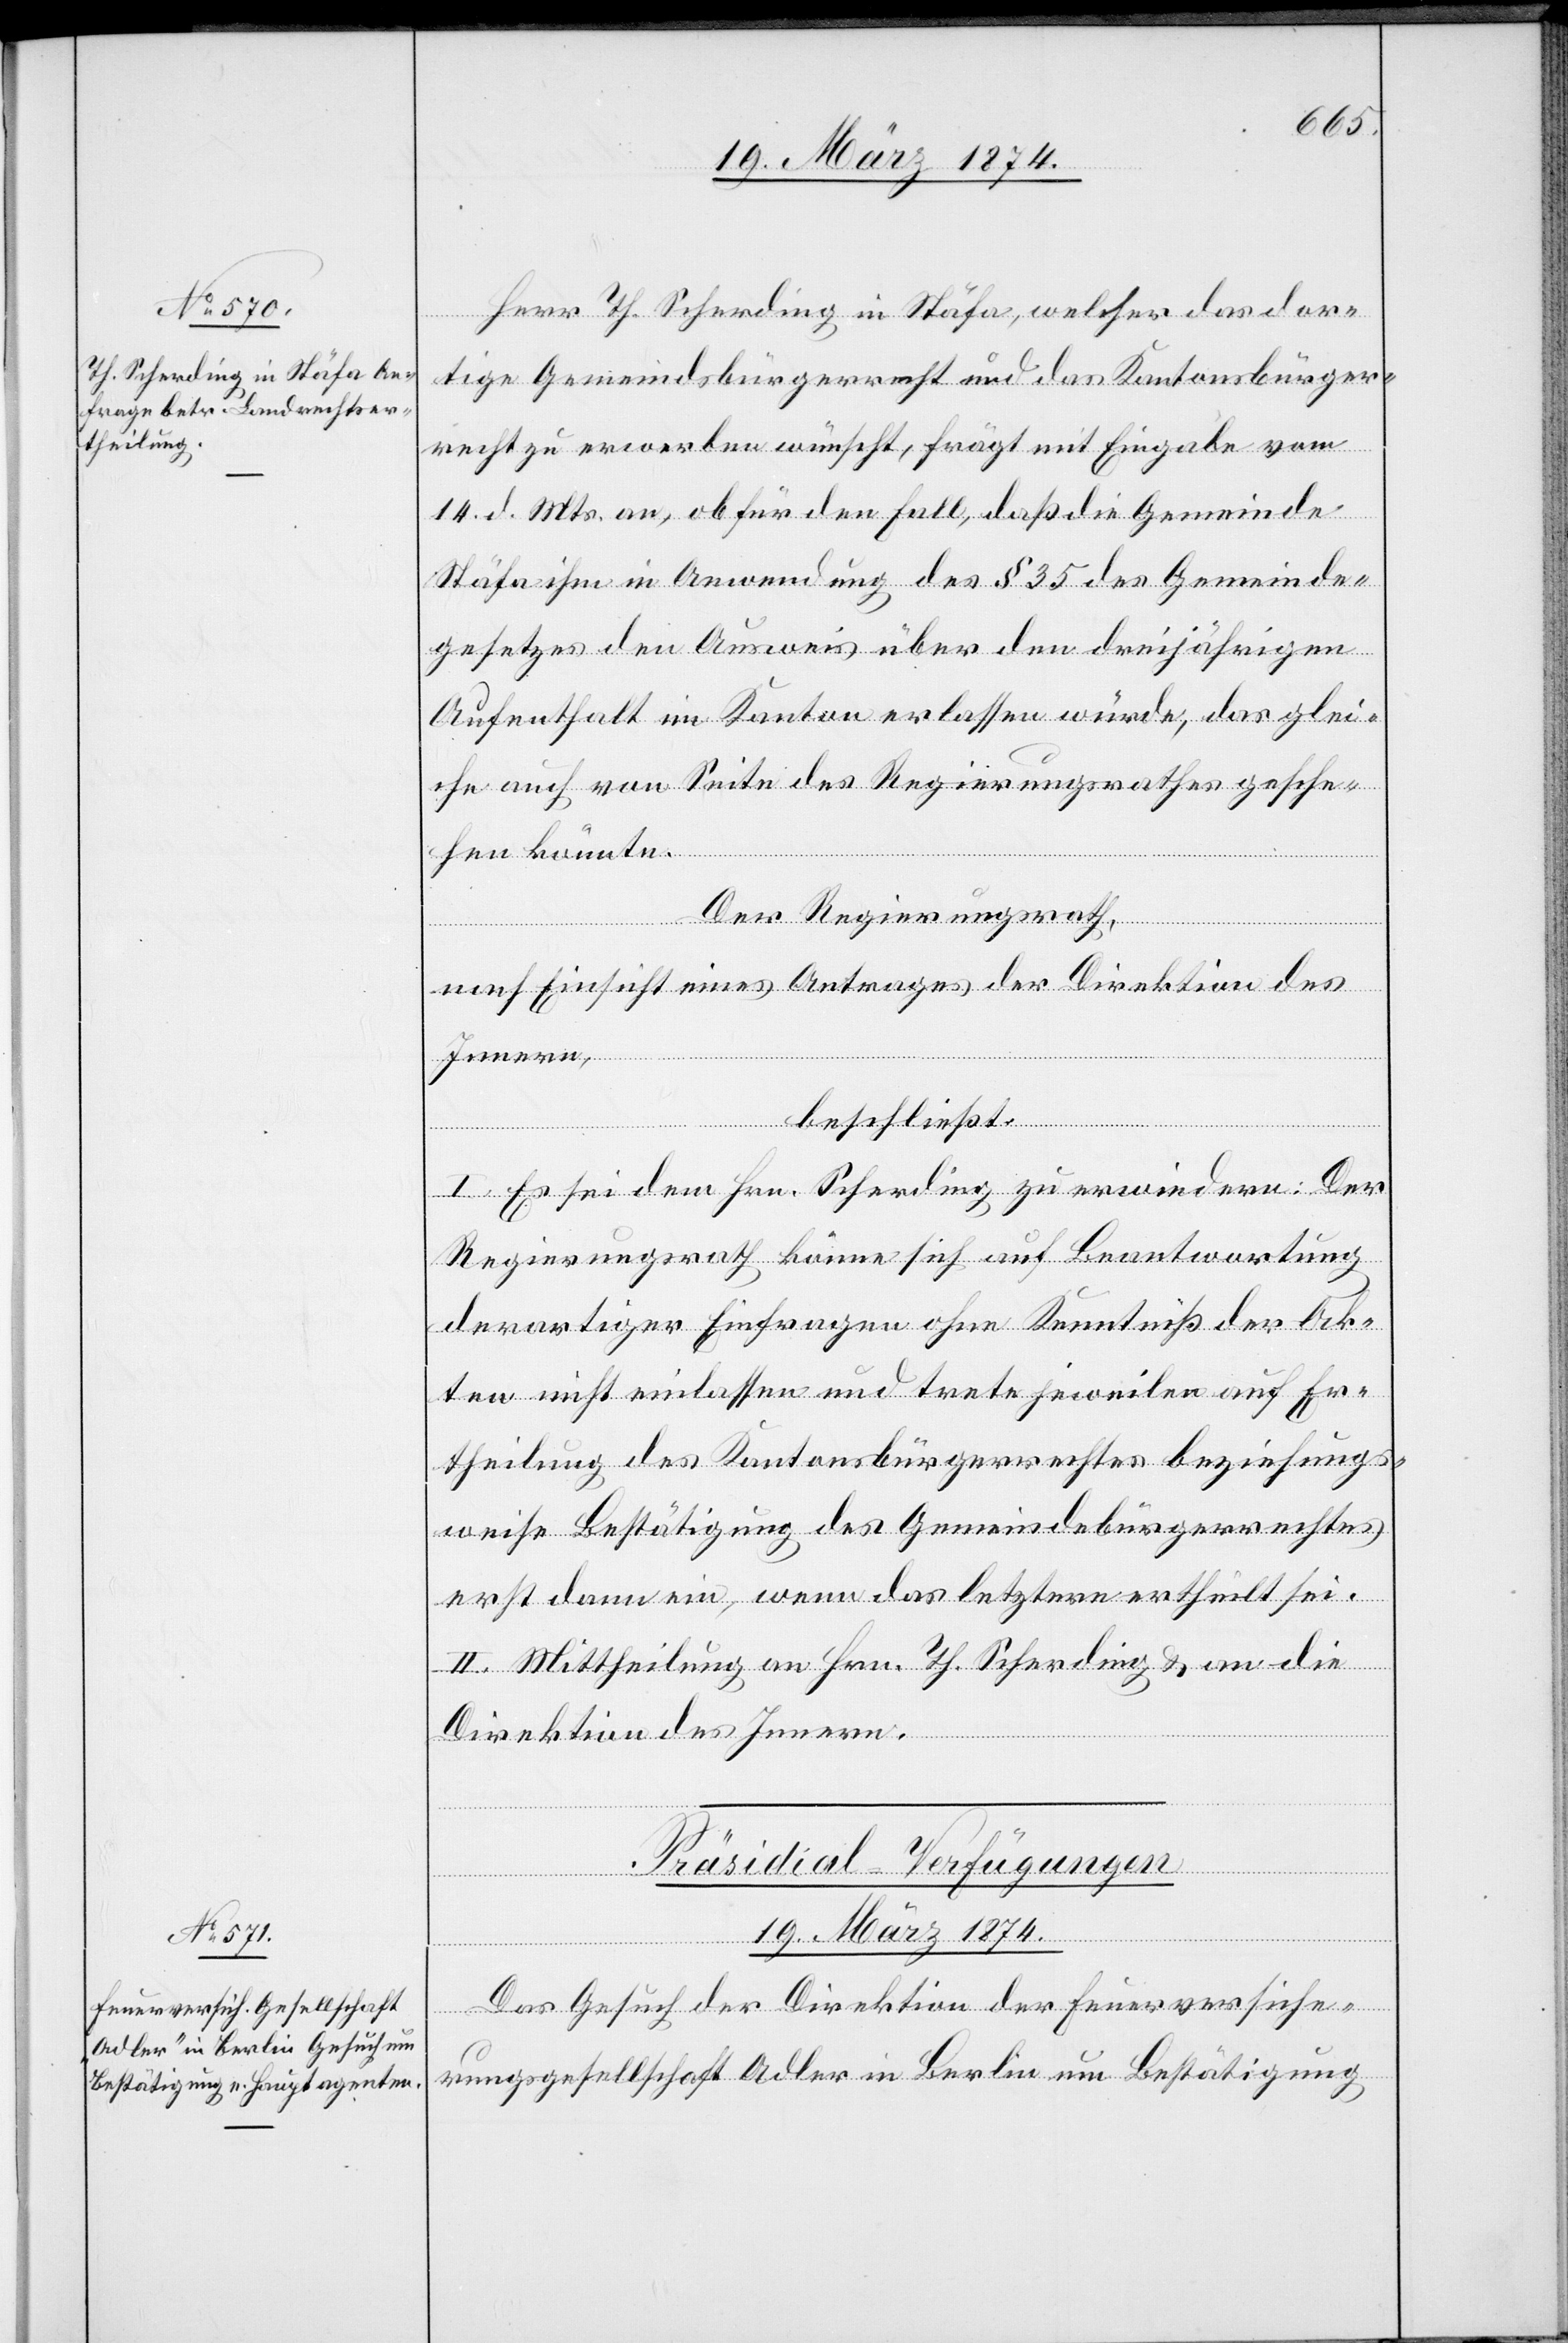
19. März 1874.
Herr Th. Scherding in Stäfa, welcher das dor¬
tige Gemeindsbürgerrecht und das Kantonsbürger¬
recht zu erwerben wünscht, frägt mit Eingabe vom
14. d. Mts. an, ob für den Fall, daß die Gemeinde
Stäfa ihm in Anwendung des § 35 des Gemeinde¬
gesetzes den Ausweis über den dreijährigen
Aufenthalt im Kanton erlassen würde, das glei¬
che auch von Seite des Regierungsrathes gesche¬
hen könnte.
Der Regierungsrath,
nach Einsicht eines Antrages der Direktion des
Innern,
beschließt:
I. Es sei dem Hrn. Scherding zu erwiedern: Der
Regierungsrath könne sich auf Beantwortung
derartiger Einfragen ohne Kenntniß der Ak¬
ten nicht einlassen und trete jeweilen auf Er¬
theilung des Kantonsbürgerrechte beziehungs¬
weise Bestätigung des Gemeindebürgerrechtes
erst dann ein, wenn das letztere ertheilt sei.
II. Mittheilung an Hrn. Th. Scherding u. an die
Direktion des Innern.
Präsidial-Verfügungen
Das Gesuch der Direktion der Feuerversiche¬
rungsgesellschaft Adler in Berlin um Bestätigung